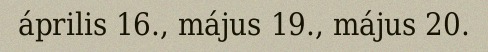
április 16., május 19., május 20.